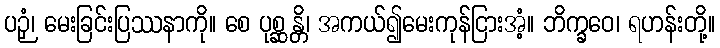
ပဉှံ၊ မေးခြင်းပြဿနာကို။ စေ ပုစ္ဆန္တိ၊ အကယ်၍မေးကုန်ငြားအံ့။ ဘိက္ခဝေ၊ ရဟန်းတို့။